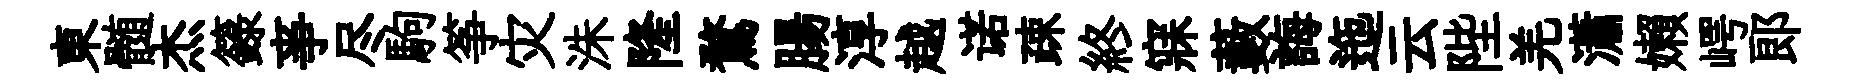
東髄杰籙亊尽駒筝灾洙隆鶩腸淳越诺疎終寐藪誨迤云陛羌瀟嬾崿郎